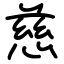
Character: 慈